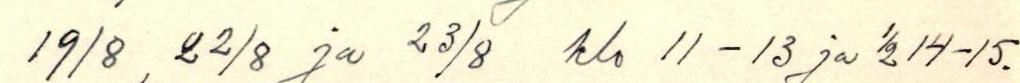
19/8, 22/8 ja 23/8 klo 11 - 13 ja ½ 14-15.